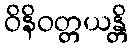
ဝိနိဝတ္တယန္တိ